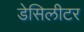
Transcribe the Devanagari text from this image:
डेसिलीटर